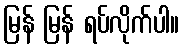
မြန် မြန် ရပ်လိုက်ပါ။